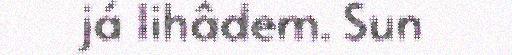
já lihâdem. Sun